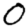
Digit: 0